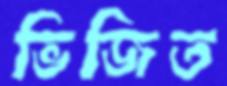
ভিজিত